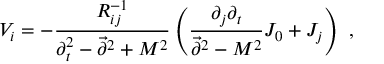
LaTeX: V _ { i } = - { \frac { R _ { i j } ^ { - 1 } } { \partial _ { t } ^ { 2 } - \vec { \partial } ^ { 2 } + M ^ { 2 } } } \left( { \frac { \partial _ { j } \partial _ { t } } { \vec { \partial } ^ { 2 } - M ^ { 2 } } } J _ { 0 } + J _ { j } \right) ~ ,